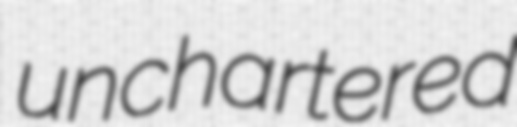
unchartered